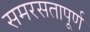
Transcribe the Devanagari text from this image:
समरसतापूर्ण